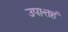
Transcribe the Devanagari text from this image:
उपात्तहं